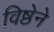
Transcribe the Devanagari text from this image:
विष्ठेने